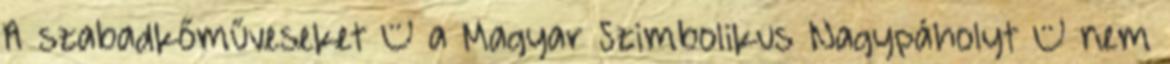
A szabadkőműveseket – a Magyar Szimbolikus Nagypáholyt – nem